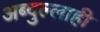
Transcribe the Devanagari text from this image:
अब्दुल्लाही